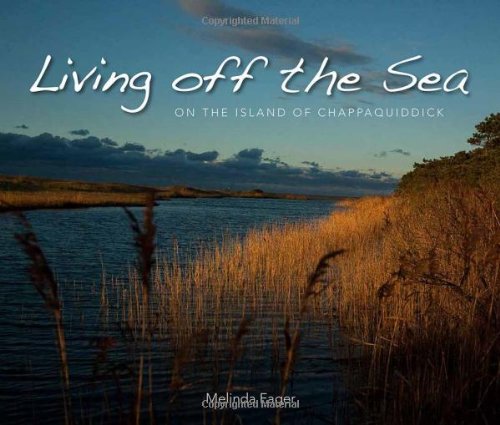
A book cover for Living Off the Sea; Melinda Fager; Cookbooks, Food & Wine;